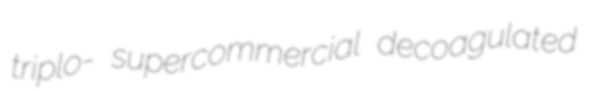
triplo- supercommercial decoagulated